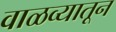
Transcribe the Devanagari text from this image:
वाळव्यातून